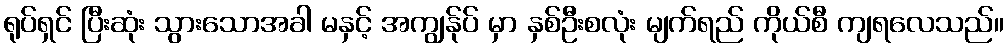
ရုပ်ရှင် ပြီးဆုံး သွားသောအခါ မနှင့် အကျွန်ုပ် မှာ နှစ်ဦးစလုံး မျက်ရည် ကိုယ်စီ ကျရလေသည်။